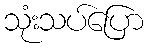
သုံးသပ်ပြော